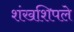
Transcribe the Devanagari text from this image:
शंखशिपले